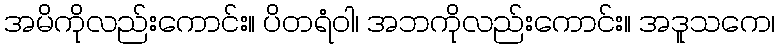
အမိကိုလည်းကောင်း။ ပိတရံဝါ၊ အဘကိုလည်းကောင်း။ အဒူသကေ၊